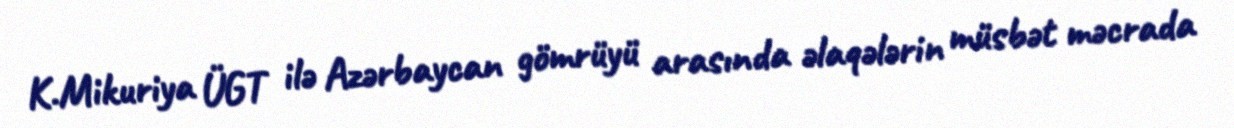
K.Mikuriya ÜGT ilə Azərbaycan gömrüyü arasında əlaqələrin müsbət məcrada